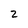
Character: 2